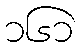
၁၆၁